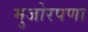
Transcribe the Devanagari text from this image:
मुजोरपणा